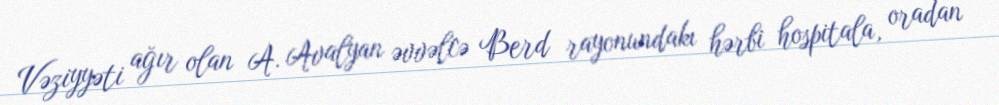
Vəziyyəti ağır olan A. Avalyan əvvəlcə Berd rayonundakı hərbi hospitala, oradan